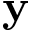
\mathbf { y }